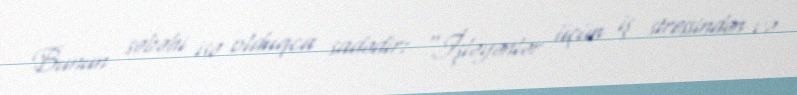
Bunun səbəbi isə olduqca sadədir: “İşləyənlər üçün iş stressindən və